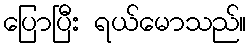
ပြောပြီး ရယ်မောသည်။